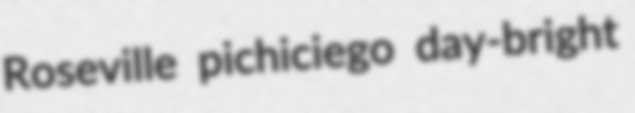
Roseville pichiciego day-bright